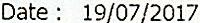
DATE : 19/07/2017